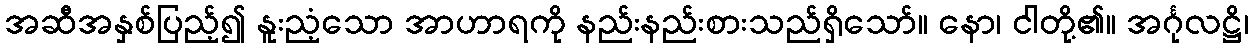
အဆီအနှစ်ပြည့်၍ နူးညံ့သော အာဟာရကို နည်းနည်းစားသည်ရှိသော်။ နော၊ ငါတို့၏။ အင်္ဂုလဋ္ဌိ၊